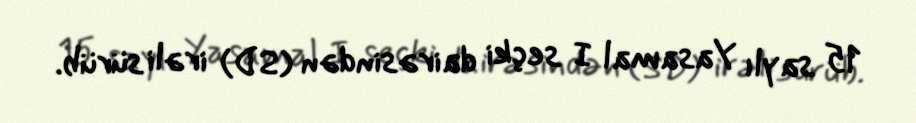
15 saylı Yasamal I seçki dairəsindən (SD) irəli sürüb.